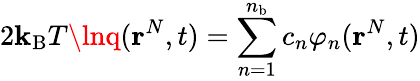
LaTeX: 2\mathbf{k}_{\mathrm{{B}}}T\lnq(\mathbf{{r}}^{N},t)=\sum_{n=1}^{n_{\mathrm{{b}}}}c_{n}\varphi_{n}(\mathbf{{r}}^{N},t)